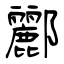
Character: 酈